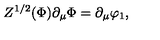
Z ^ { 1 / 2 } ( \Phi ) \partial _ { \mu } \Phi = \partial _ { \mu } \varphi _ { 1 } ,